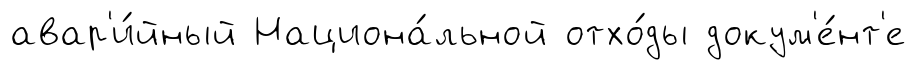
авар'и́йный Национа́льной отхо́ды докум'е́нт'е